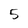
Character: 5